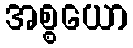
အစ္စယော